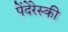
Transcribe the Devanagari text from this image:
पेंदेरेस्की